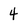
Character: 4